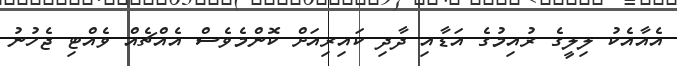
އެއާއެކު ލިލީގެ ރުއިމުގެ އަޑާއި ދާދި ކައިރިއަށް ކޮންމެވެސް އެއްޗެއް ވެއްޓި ޖެހުނު